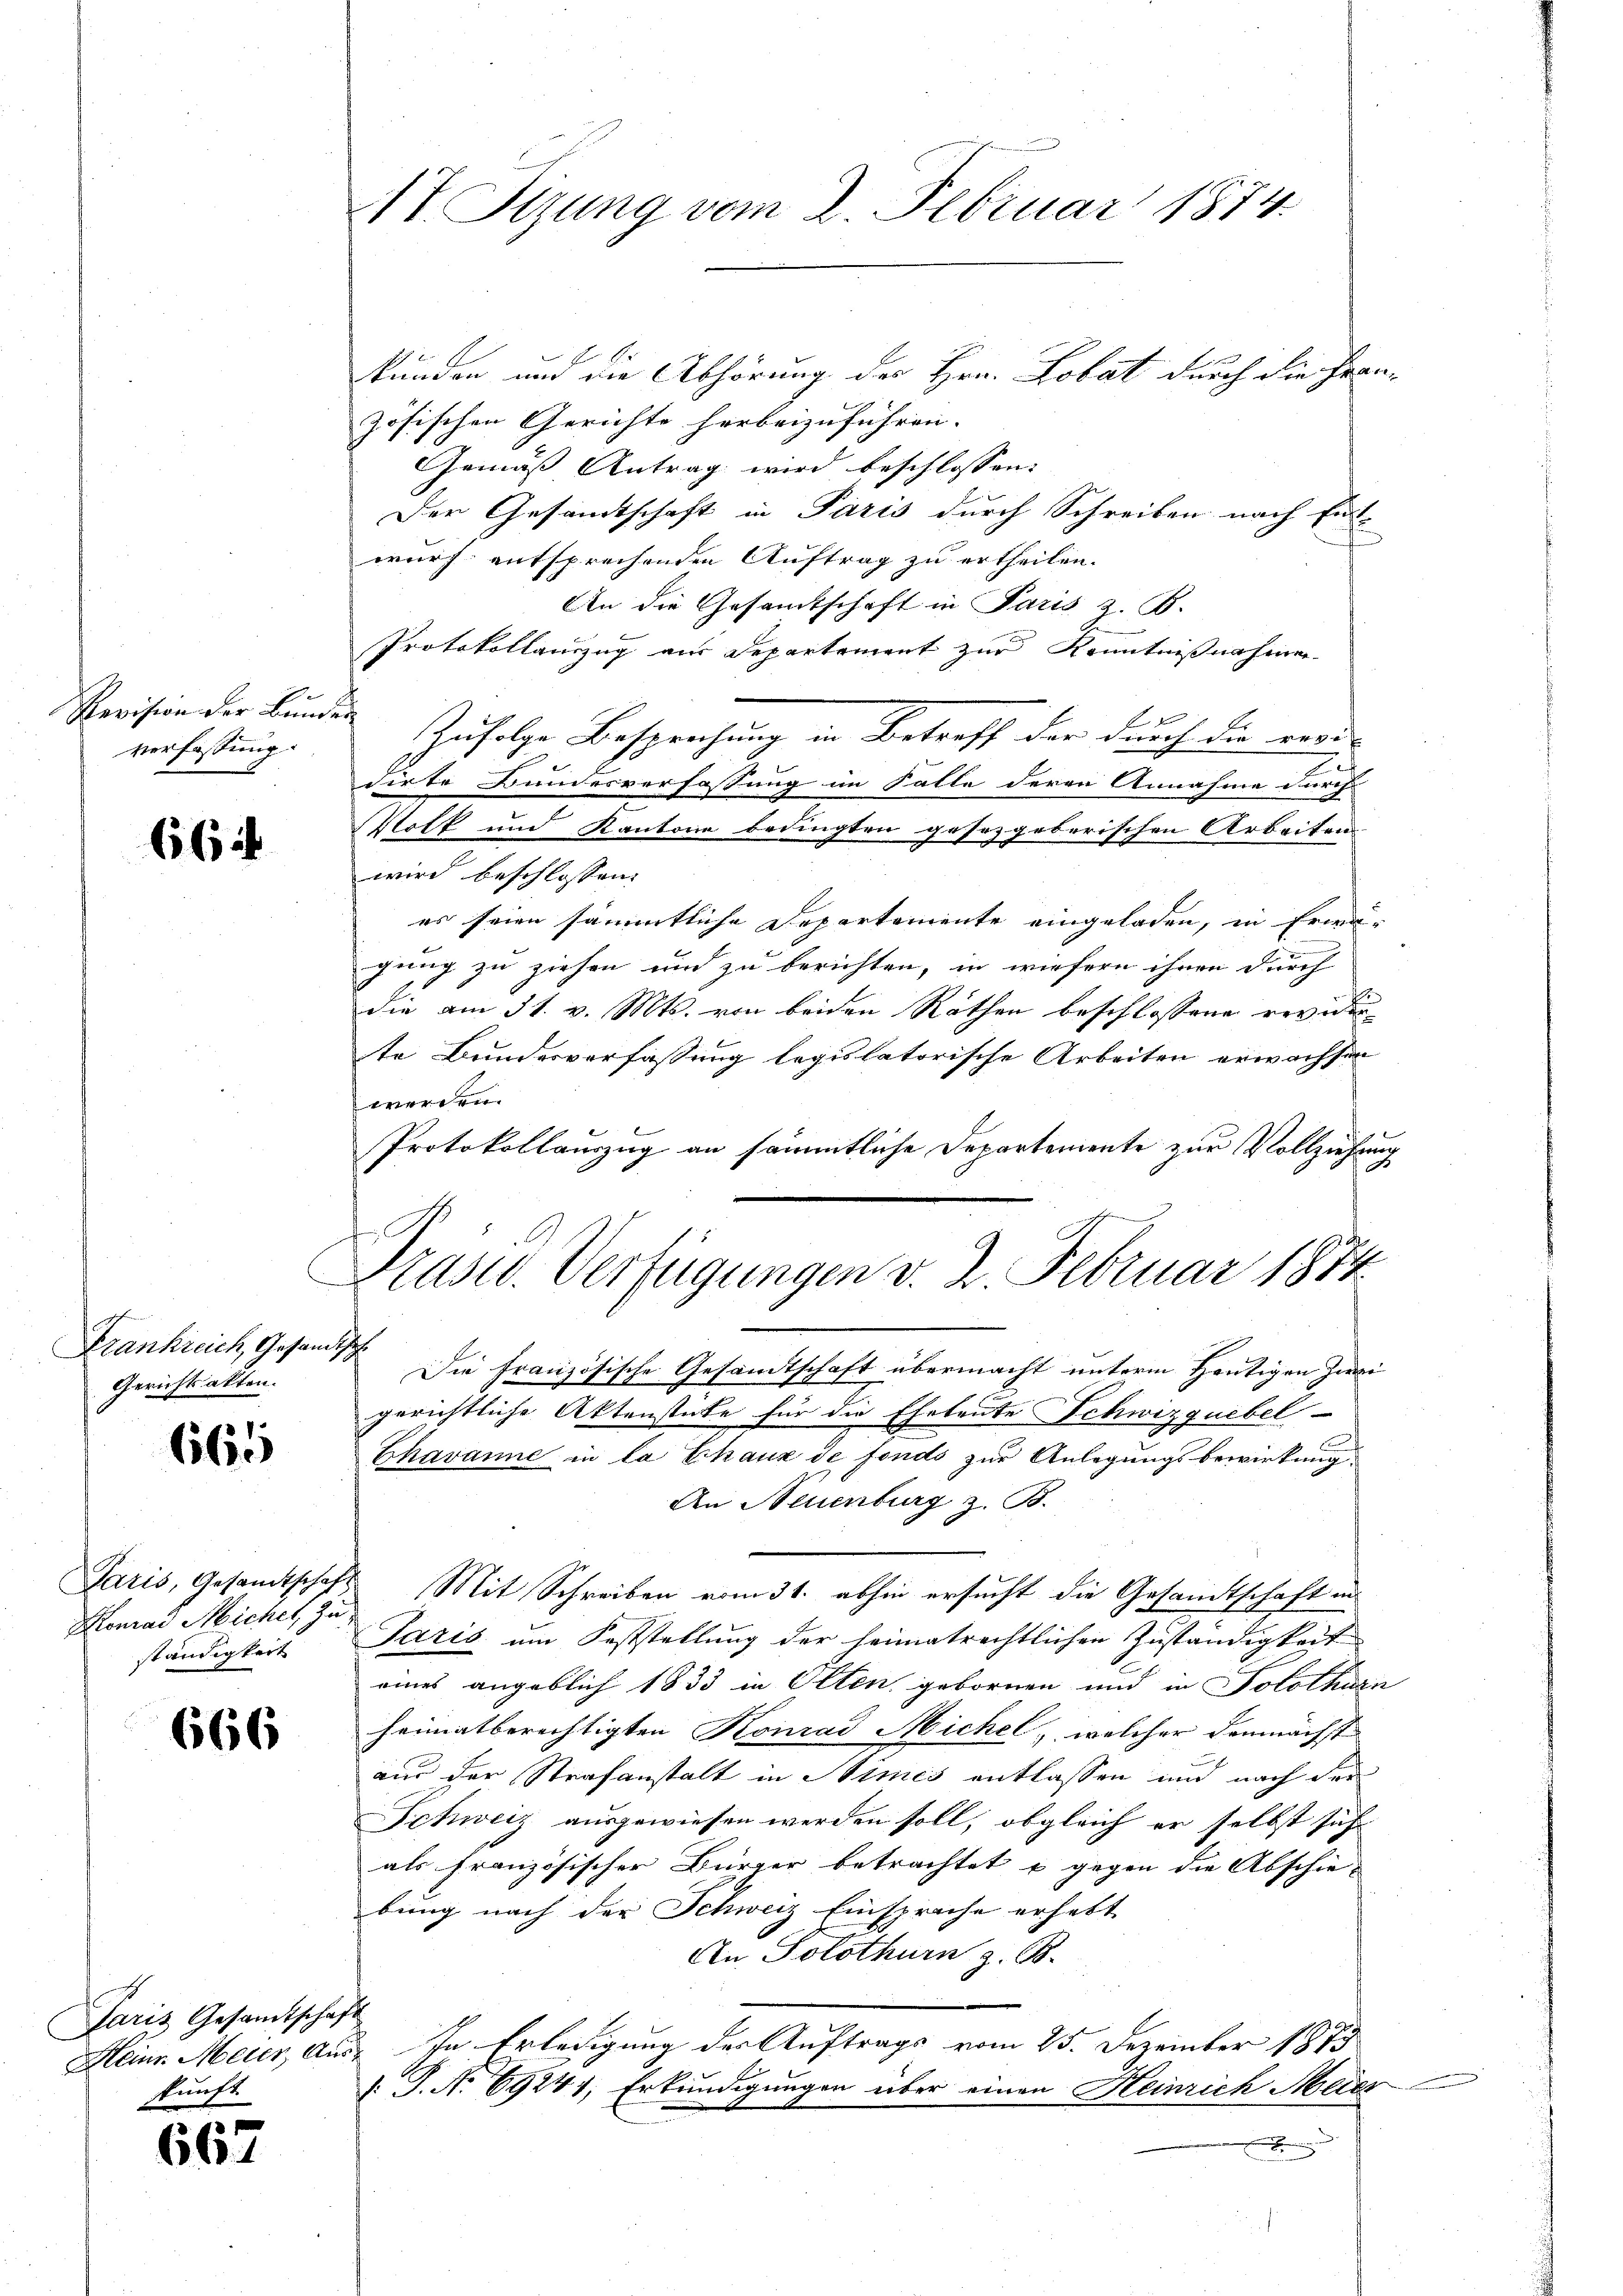
Revision der Bunden
verfassung.

664

Frankreich, Gesandt,
Gerichtsakten.

6565

Monrad Michet, Zuständigkeit

666

Paris Gesandtschaft
kunft

6

17. Sizung vom 2. Februar 1874.

kunden und die Abhörung des Hrn. Lobat durch die Französischen Gerichte herbeizuführen. |
Gemäss Antrag wird beschlossen:
Der Gesandtschaft in Paris durch Schreiben nach Ent
wurf entsprechenden Auftrag zu ertheilen.
An die Gesamtschaft in Paris z. B.
Protokollauszug aus Departement zur Kenntnißnahmen
Zufolge Besprechung in Betreff der durch die werde
Firte Bundesverfassung im Falle deren Annahme durch
Molk und Kantone bedingten gesetzgeberischen Arbeiten
wird beschlossen:
es seien sämmtliche Departemente eingeladen, in Erwägung zu ziehen und zu berichten, in wiefern ihnen durch
die am 31. v. Mts. von beiden Räthen beschlossene reviderte Bundesverfassung legislatorische Arbeiten erwachsen
werden.
Protokollauszug an sämmtliche Departemente zur Vollziehung
a
Präsid. Verfügungen d. 2. Februar 1874

r
Die Französische Gesandtschaft übermacht unterm heutigen zwei
gerichtliche Aktenstüke für die Eheleute Schwizquebel-
Chavanne in la Chaux de fonds zur Anlegungsbewirkung
An Neuenburg z. B.
Jaris, Gesandtschaft Mit Schreiben vom 31. abhin ersucht die Gesandtschaft in
Paris um Feststellung der heimatrechtlichen Zuständigkeit
eines angeblich 1833 in Olten gebornen und in Solothurn
heimatberechtigten Konrad Michel, welcher demnächst
aus der Strafanstalt in Stimes entlassen und nach der
Schweiz ausgewiesen werden soll, obgleich er selbst sich
als französischer Bürger betrachtet u. gegen die Abschiebung nach der Schweiz Einsprache erhebt
An Solothurn z. B.
Heinr. Meier, Aus- In Erledigung der Auftrags vom 25. Dezember 1879
. J. No 69241; Erkundigungen über einen Heinrich Meier